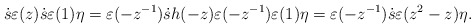
\begin{align*} \dot{s}\varepsilon(z) \dot{s} \varepsilon (1) \eta= \varepsilon(-z^{-1}) \dot{s} h(-z)\varepsilon(-z^{-1}) \varepsilon (1) \eta =\varepsilon(-z^{-1}) \dot{s} \varepsilon(z^2-z) \eta.\end{align*}